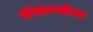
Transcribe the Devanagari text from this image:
डॉक्टरसोबत